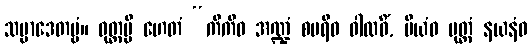
သမ္ပာဒေတဗ္ဗံ။ ဝုတ္တမ္ပိ ဟေတံ “ကိကီဝ အဏ္ဍံ စမရီဝ ဝါလဓိံ, ပိယံဝ ပုတ္တံ နယနံဝ